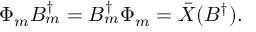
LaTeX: \Phi _ { m } B _ { m } ^ { \dagger } = B _ { m } ^ { \dagger } \Phi _ { m } = \bar { X } ( B ^ { \dagger } ) .